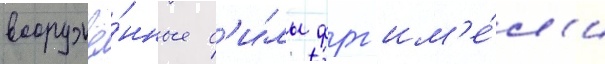
вооружё́нные с'и́лы фрг им'е́л'и